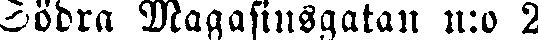
Södra Magasinsgatan n:o 2